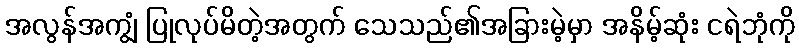
အလွန်အကျွံ ပြုလုပ်မိတဲ့အတွက် သေသည်၏အခြားမဲ့မှာ အနိမ့်ဆုံး ငရဲဘုံကို